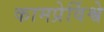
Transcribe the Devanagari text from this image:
कामप्रेर्विश्वे